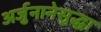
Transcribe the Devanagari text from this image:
अर्जुनानेसुद्धा